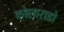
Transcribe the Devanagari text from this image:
कोलाराडो